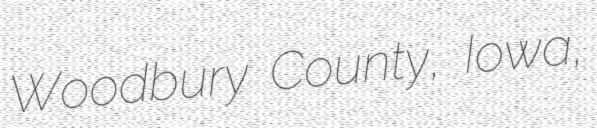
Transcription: Woodbury County, Iowa,